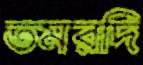
তমরদি